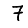
Digit: 7